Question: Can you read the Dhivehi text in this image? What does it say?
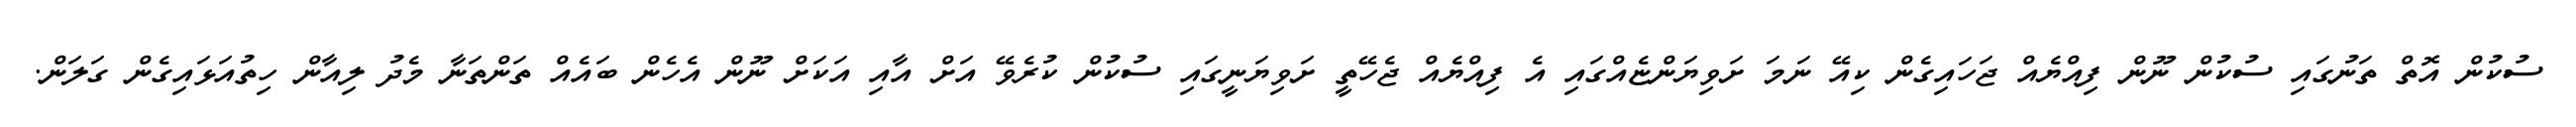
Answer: ސުކުން އޮތް ތަނުގައި ސުކުން ނޫން ފިއްޔެއް ޖަހައިގެން ކިއޭ ނަމަ ށަވިޔަންޏެއްގައި އެ ފިއްޔެއް ޖެހޭތީ ށަވިޔަނީގައި ސުކުން ކުރެވޭ އަށް އާއި އަކަށް ނޫން އެހެން ބައެއް ތަންތަނާ މެދު ލިއާން ހިތުއަޅައިގެން ގަލަން.